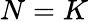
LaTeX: N=K